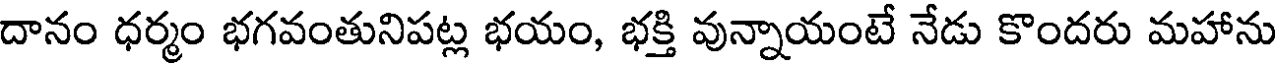
దానం ధర్మం భగవంతునిపట్ల భయం, భక్తి వున్నాయంటే నేడు కొందరు మహాను